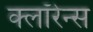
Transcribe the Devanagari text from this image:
क्लॉरेन्स